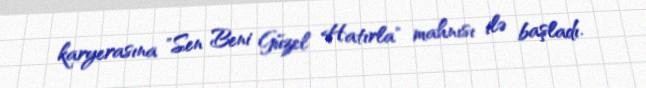
karyerasına "Sen Beni Güzel Hatırla" mahnısı ilə başladı.